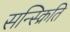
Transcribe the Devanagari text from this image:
सन्स्क्रिति